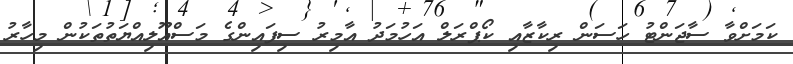
ކަމަށްވާ ސާޖަންޓު ހަސަން ރިކާޒާއި ކޯޕްރަލް އަހުމަދު އާމިރު ސިފައިންގެ މަސްއޫލިއްޔަތުތަކުން މިހާރު